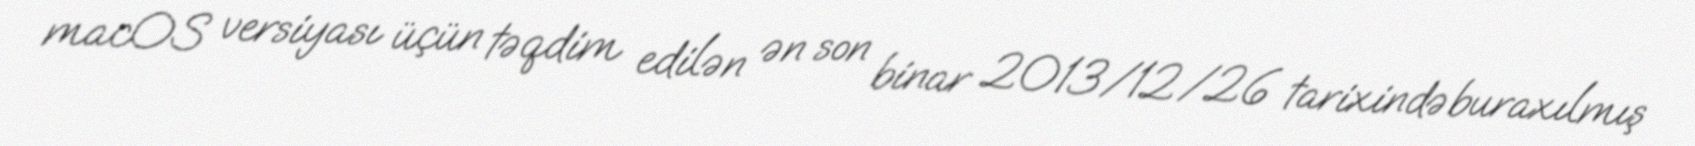
macOS versiyası üçün təqdim edilən ən son binar 2013/12/26 tarixində buraxılmış